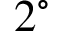
2 ^ { \circ }